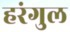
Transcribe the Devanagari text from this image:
हरंगुल